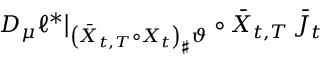
D _ { \mu } \ell ^ { * } \big | _ { \left( \bar { X } _ { t , T } \circ X _ { t } \right) _ { \sharp } \vartheta } \circ \bar { X } _ { t , T } \, { \bar { J } _ { t } }